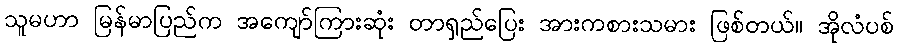
သူမဟာ မြန်မာပြည်က အကျော်ကြားဆုံး တာရှည်ပြေး အားကစားသမား ဖြစ်တယ်။ အိုလံပစ်